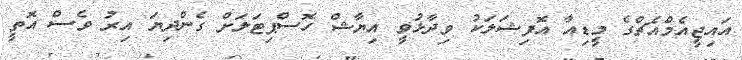
އައިޖީއެމްއެޗްގެ މީޑިއާ އޮފިޝަލަކު ވިދާޅުވީ އިޔާޝް ހޮސްޕިޓަލަށް ގެންދިޔަ އިރު ވެސް އޮތީ